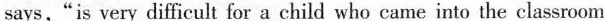
says,"is very difficult for a child who came into the classroom